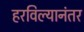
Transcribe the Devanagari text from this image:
हरविल्यानंतर